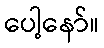
ပေါ့နော်။